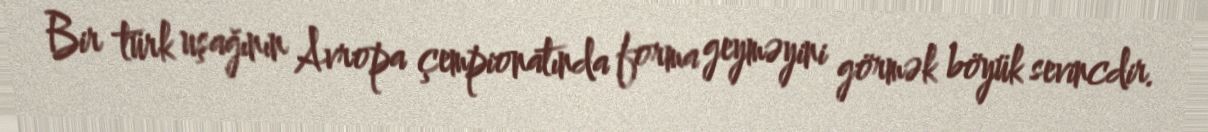
Bir türk uşağının Avropa çempionatında forma geyməyini görmək böyük sevincdir.